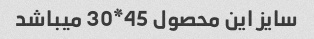
سایز این محصول 45*30 میباشد